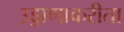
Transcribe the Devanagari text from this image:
उड्डाणाकरीता